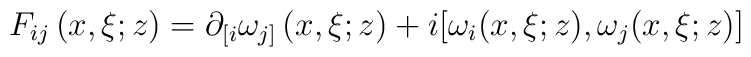
F_{ij}\left(  x,\xi;z\right)  =\partial_{\lbrack i}\omega_{j]}\left(x,\xi;z\right)  +i[\omega_{i}(x,\xi;z),\omega_{j}(x,\xi;z)]